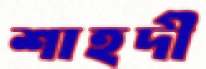
শাহদী